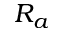
R _ { a }